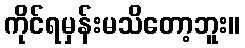
ကိုင်ရမှန်းမသိတော့ဘူး။